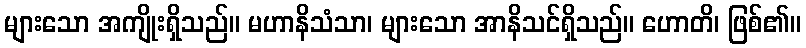
များသော အကျိုးရှိသည်။ မဟာနိသံသာ၊ များသော အာနိသင်ရှိသည်။ ဟောတိ၊ ဖြစ်၏။